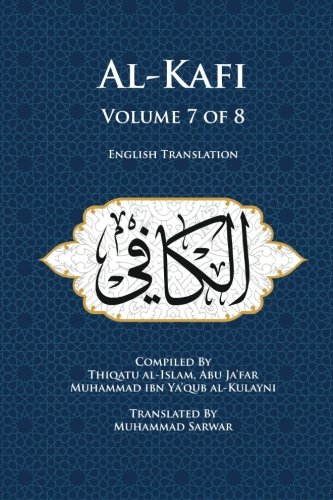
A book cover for Al-Kafi, Volume 7 of 8: English Translation; Thiqatu al-Islam, Abu Ja'far Muhammad ibn Ya'qub al-Kulayni; Religion & Spirituality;